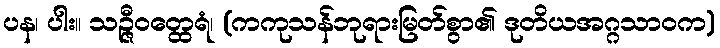
ပန၊ ပါး။ သဉ္ဇီဝတ္ထေရံ၊ (ကကုသန်ဘုရားမြတ်စွာ၏ ဒုတိယအဂ္ဂသာဝက)